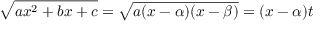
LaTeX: { \sqrt { a x ^ { 2 } + b x + c } } = { \sqrt { a ( x - \alpha ) ( x - \beta ) } } = ( x - \alpha ) t